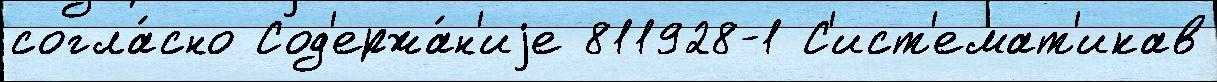
согла́сно Сод'ержа́н'иjе 811928-1 С'ист'емат'икав